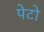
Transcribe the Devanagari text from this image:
पेटो